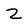
Character: z